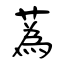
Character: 蒍